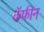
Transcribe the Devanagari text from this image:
कॅफीन